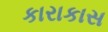
કારાકાસ